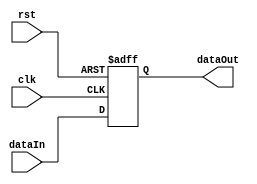
module MDR(clk, rst, dataIn, dataOut);
  input clk, rst;
  input[15:0] dataIn;
  output reg[15:0] dataOut;
  
  always@(posedge clk, posedge rst) begin
    if(rst)
      dataOut <= 16'b0000000000000000;
    else
      dataOut <= dataIn;
  end
endmodule